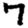
Digit: 7